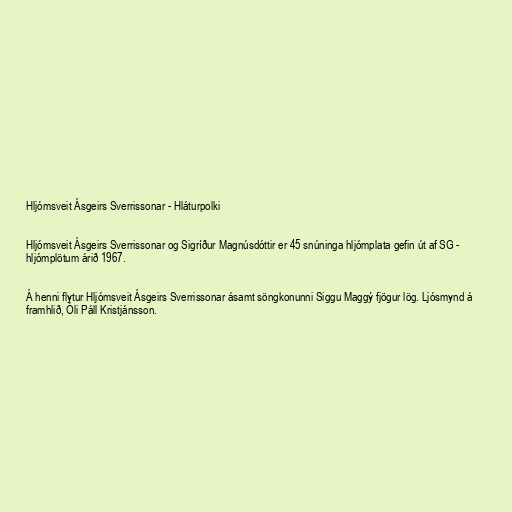
Hljómsveit Ásgeirs Sverrissonar - Hláturpolki

Hljómsveit Ásgeirs Sverrissonar og Sigríður Magnúsdóttir er 45 snúninga hljómplata gefin út af SG -
hljómplötum árið 1967.

Á henni flytur Hljómsveit Ásgeirs Sverrissonar ásamt söngkonunni Siggu Maggý fjögur lög. Ljósmynd á
framhlið, Óli Páll Kristjánsson.